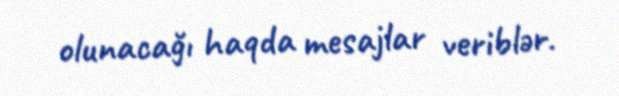
olunacağı haqda mesajlar veriblər.